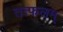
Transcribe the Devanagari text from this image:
तत्फलम्